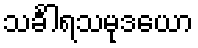
သင်္ခါရသမုဒယော